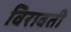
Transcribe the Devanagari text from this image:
विरावती